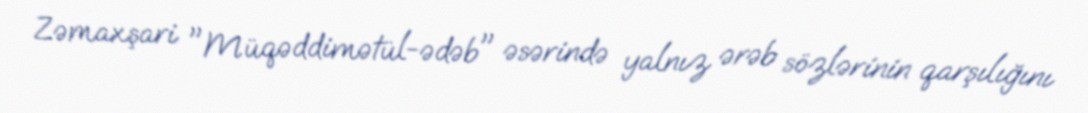
Zəmaxşari "Müqəddimətül-ədəb" əsərində yalnız ərəb sözlərinin qarşılığını